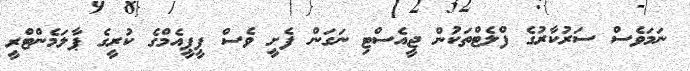
ނަމަވެސް ސަރުކާރުގެ ފްލެޓްތަކުން ޖީއެސްޓި ނަގަން ފެށީ ވެސް ޕީޕީއެމްގެ ކުރީގެ ޕާލަމެންޓްރީ